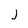
Character: j